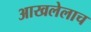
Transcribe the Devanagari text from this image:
आखलेलाच